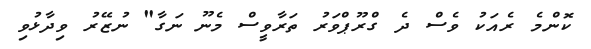
ކޮންމެ ރެއަކު ވެސް ދެ ގްރޫޕްވަރު ތަރާވީސް މެނޫ ނަގާ" ނުޒޭރު ވިދާޅުވި